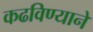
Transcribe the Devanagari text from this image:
कढविण्याने